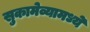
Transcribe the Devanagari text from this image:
सुकामेव्यामध्ये